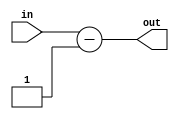
`timescale 1ns / 1ps
//////////////////////////////////////////////////////////////////////////////////
// Company: 
// Engineer: 
// 
// Design Name: 
// Module Name:    decrementer 
// Project Name: 
// Target Devices: 
// Tool versions: 
// Description: 
//
// Dependencies: 
//
// Revision: 
// Revision 0.01 - File Created
// Additional Comments: 
//
//////////////////////////////////////////////////////////////////////////////////
module Decrementer(
    input [15:0] in,
    output reg [15:0] out
    );

	always@(in) begin
		out <= in - 1;
	end

endmodule